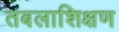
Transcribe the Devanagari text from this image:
तबलाशिक्षण